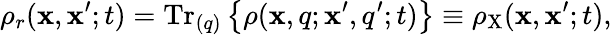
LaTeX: \rho_{r}(\mathbf{x},\mathbf{x}^{\prime};t)=\mathrm{{Tr}}_{(q)}\left\{ \rho(\mathbf{x},q;\mathbf{x}^{\prime},q^{\prime};t)\right\} \equiv\rho_{\mathrm{{X}}}(\mathbf{x},\mathbf{x}^{\prime};t),